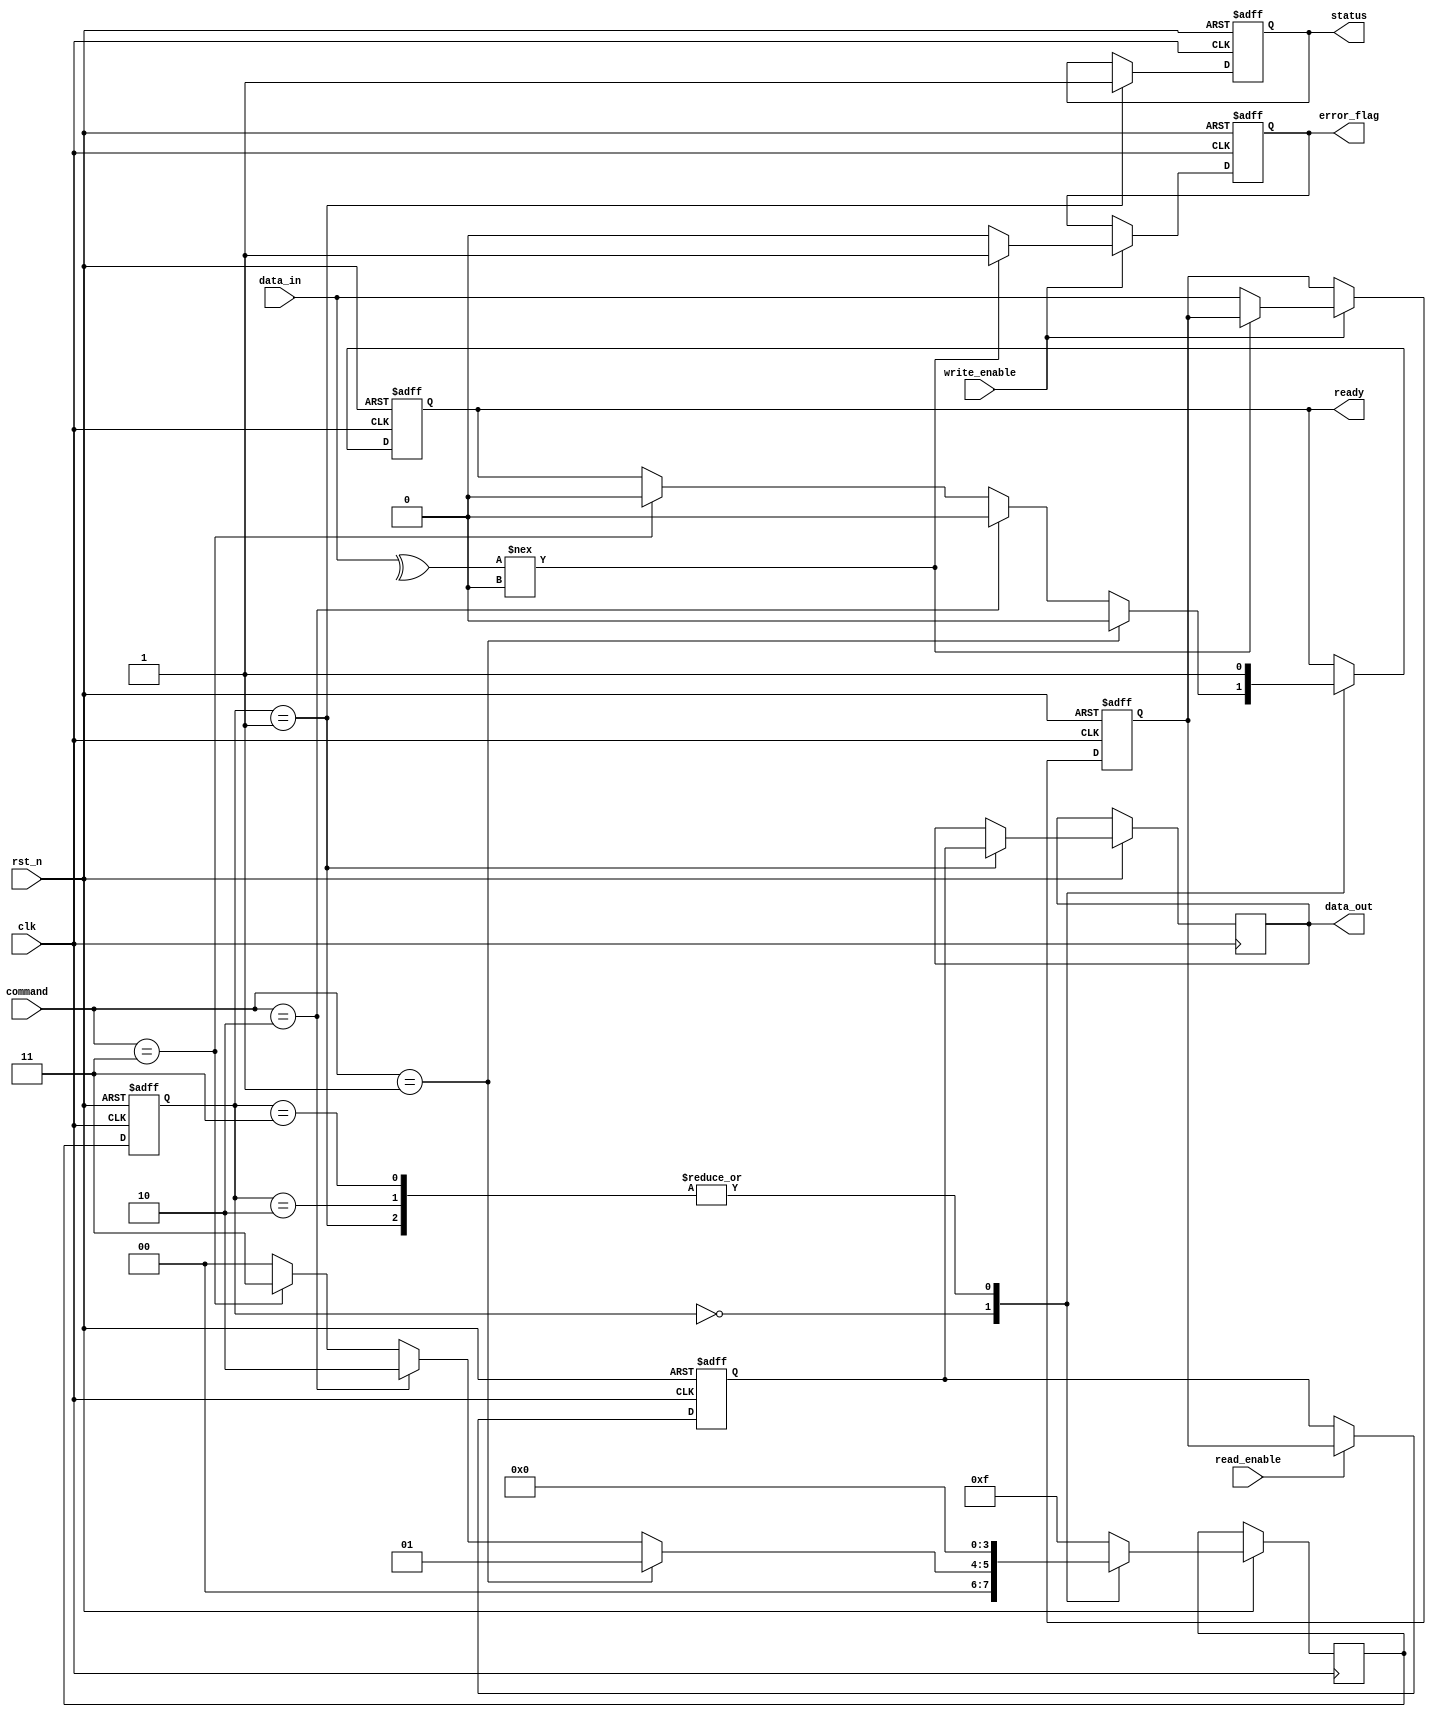
module TLC_NAND_IO (
    input wire clk,
    input wire rst_n,
    input wire [7:0] data_in,          // Data input from external source
    output reg [7:0] data_out,         // Data output to external interface
    input wire [3:0] command,          // Command from external controller
    output reg status,                 // Status output
    output reg ready,                  // Ready signal
    input wire read_enable,             // Read enable signal
    input wire write_enable,            // Write enable signal
    output reg error_flag               // Error flag
);

// Internal signals
reg [7:0] input_buffer;
reg [7:0] output_buffer;
reg [3:0] state;
reg [3:0] next_state;

// State definitions
localparam IDLE = 4'b0000,
           READ = 4'b0001,
           WRITE = 4'b0010,
           ERASE = 4'b0011,
           PROGRAM = 4'b0100,
           ERROR = 4'b1111;

// Input Buffer with EDC (Error Detection and Correction)
always @(posedge clk or negedge rst_n) begin
    if (!rst_n) begin
        input_buffer <= 8'b0;
        error_flag <= 1'b0;
    end else if (write_enable) begin
        // Simple EDC check (parity for example)
        if (^data_in !== 1'b0) begin
            error_flag <= 1'b1; // Error detected
        end else begin
            error_flag <= 1'b0;
            input_buffer <= data_in; // Store data in buffer
        end
    end
end

// Output Buffer with EDC
always @(posedge clk or negedge rst_n) begin
    if (!rst_n) begin
        output_buffer <= 8'b0;
    end else if (read_enable) begin
        // Simulate reading from memory cells
        output_buffer <= input_buffer; // For simplicity, directly using input buffer
        // EDC check can be added here
    end
end

// Command Interface and State Machine
always @(posedge clk or negedge rst_n) begin
    if (!rst_n) begin
        state <= IDLE;
        status <= 1'b0;
        ready <= 1'b1;
    end else begin
        state <= next_state;
        case (state)
            IDLE: begin
                if (command == 4'b0001) begin // Read command
                    next_state <= READ;
                    ready <= 1'b0;
                end else if (command == 4'b0010) begin // Write command
                    next_state <= WRITE;
                    ready <= 1'b0;
                end else if (command == 4'b0011) begin // Erase command
                    next_state <= ERASE;
                    ready <= 1'b0;
                end else begin
                    next_state <= IDLE;
                end
            end
            READ: begin
                data_out <= output_buffer; // Output data
                status <= 1'b1; // Operation successful
                next_state <= IDLE;
                ready <= 1'b1;
            end
            WRITE: begin
                // Write operation logic
                next_state <= IDLE;
                ready <= 1'b1;
            end
            ERASE: begin
                // Erase operation logic
                next_state <= IDLE;
                ready <= 1'b1;
            end
            default: begin
                next_state <= ERROR;
            end
        endcase
    end
end

endmodule